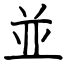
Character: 並